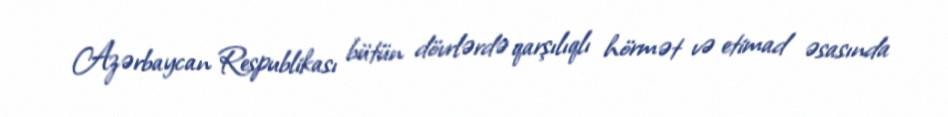
Azərbaycan Respublikası bütün dövrlərdə qarşılıqlı hörmət və etimad əsasında